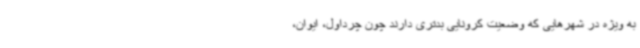
به ویژه در شهرهایی که وضعیت کرونایی بدتری دارند چون چرداول، ایوان،